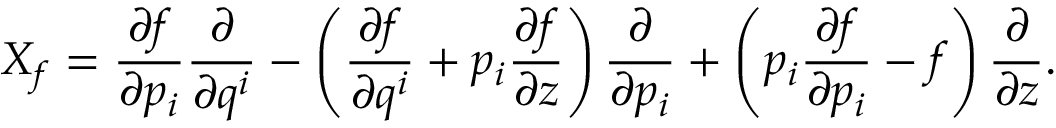
X _ { f } = \frac { \partial f } { \partial p _ { i } } \frac { \partial } { \partial q ^ { i } } - \left( \frac { \partial f } { \partial q ^ { i } } + p _ { i } \frac { \partial f } { \partial z } \right) \frac { \partial } { \partial p _ { i } } + \left( p _ { i } \frac { \partial f } { \partial p _ { i } } - f \right) \frac { \partial } { \partial z } .